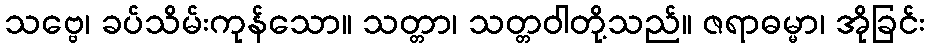
သဗ္ဗေ၊ ခပ်သိမ်းကုန်သော။ သတ္တာ၊ သတ္တဝါတို့သည်။ ဇရာဓမ္မာ၊ အိုခြင်း